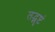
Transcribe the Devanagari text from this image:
तद्भृष्टं